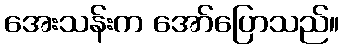
အေးသန်းက အော်ပြောသည်။